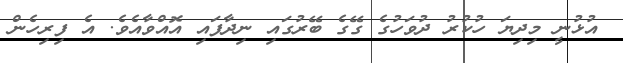
އުޅުނީ މިދިޔަ ހުކުރު ދުވަހުގެ ގޭގެ ބޭރުގައި ނިދާފައި އޮއްވާއެވެ. އެ ފިރިހެން